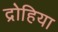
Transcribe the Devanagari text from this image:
द्रोहिया